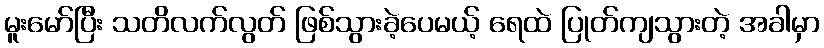
မူးမော်ပြီး သတိလက်လွတ် ဖြစ်သွားခဲ့ပေမယ့် ရေထဲ ပြုတ်ကျသွားတဲ့ အခါမှာ